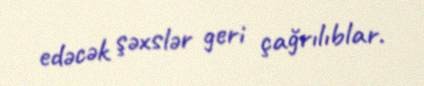
edəcək şəxslər geri çağrılıblar.